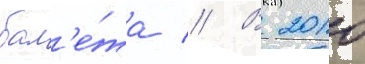
бал'е́та // В 2010